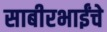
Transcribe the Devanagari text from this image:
साबीरभाईंचे